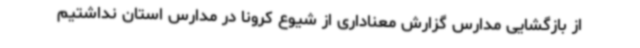
از بازگشایی مدارس گزارش معناداری از شیوع کرونا در مدارس استان نداشتیم